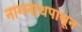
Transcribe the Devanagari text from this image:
नागनाथपासून